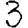
Digit: 3